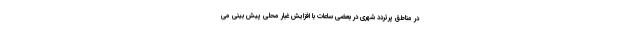
در مناطق پرتردد شهری در بعضی ساعات با افزایش غبار محلی پیش بینی می